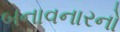
બનાવનારનો